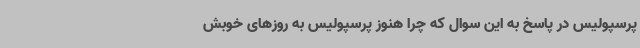
پرسپولیس در پاسخ به این سوال که چرا هنوز پرسپولیس به روزهای خوبش